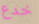
خدع